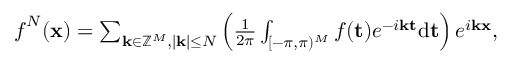
\begin{array} { r } { \boldsymbol { f } ^ { N } ( \mathbf { x } ) = \sum _ { \mathbf { k } \in \mathbb { Z } ^ { M } , | \mathbf { k } | \leq N } \left( \frac { 1 } { 2 \pi } \int _ { { [ - \pi , \pi ) ^ { M } } } \boldsymbol { f } ( \mathbf { t } ) e ^ { - i \mathbf { k } \mathbf { t } } \mathrm { d } { \mathbf { t } } \right) e ^ { i \mathbf { k } \mathbf { x } } , } \end{array}